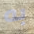
به